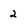
Character: 2